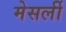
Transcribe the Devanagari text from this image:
मेसर्ली